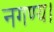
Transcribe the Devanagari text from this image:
नगण्य।